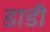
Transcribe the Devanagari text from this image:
डाडी